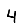
Digit: 4